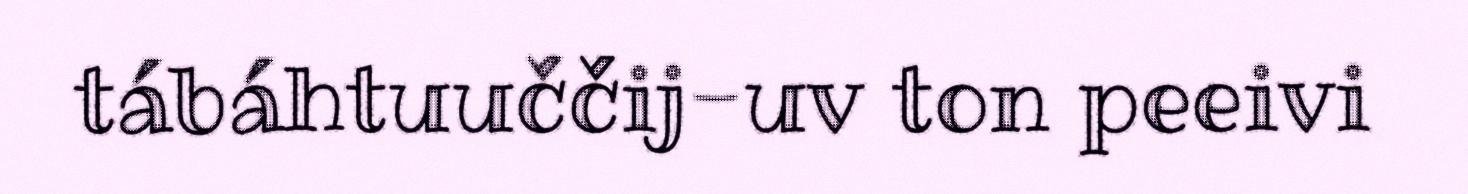
tábáhtuuččij-uv ton peeivi